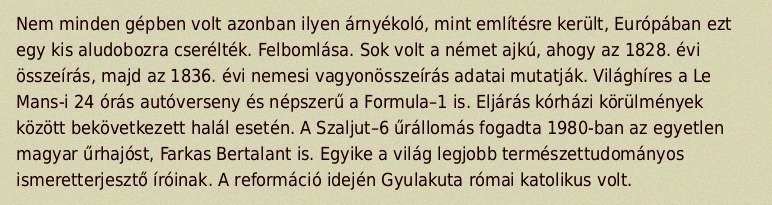
Nem minden gépben volt azonban ilyen árnyékoló, mint említésre került, Európában ezt egy kis aludobozra cserélték. Felbomlása. Sok volt a német ajkú, ahogy az 1828. évi összeírás, majd az 1836. évi nemesi vagyonösszeírás adatai mutatják. Világhíres a Le Mans-i 24 órás autóverseny és népszerű a Formula–1 is. Eljárás kórházi körülmények között bekövetkezett halál esetén. A Szaljut–6 űrállomás fogadta 1980-ban az egyetlen magyar űrhajóst, Farkas Bertalant is. Egyike a világ legjobb természettudományos ismeretterjesztő íróinak. A reformáció idején Gyulakuta római katolikus volt.